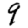
Digit: 9